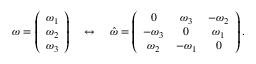
\begin{array} { r } { \boldsymbol \omega = \left( \begin{array} { c } { \omega _ { 1 } } \\ { \omega _ { 2 } } \\ { \omega _ { 3 } } \end{array} \right) \quad \leftrightarrow \quad \hat { \omega } = \left( \begin{array} { c c c } { 0 } & { \omega _ { 3 } } & { - \omega _ { 2 } } \\ { - \omega _ { 3 } } & { 0 } & { \omega _ { 1 } } \\ { \omega _ { 2 } } & { - \omega _ { 1 } } & { 0 } \end{array} \right) . } \end{array}